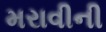
મરાવીની